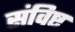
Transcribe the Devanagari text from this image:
संविष्ट